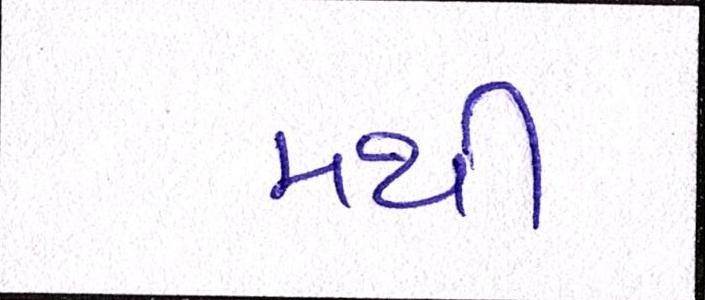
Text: મથી